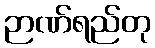
ဉာဏ်ရည်တု